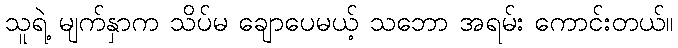
သူရဲ့ မျက်နှာက သိပ်မ ချောပေမယ့် သဘော အရမ်း ကောင်းတယ်။